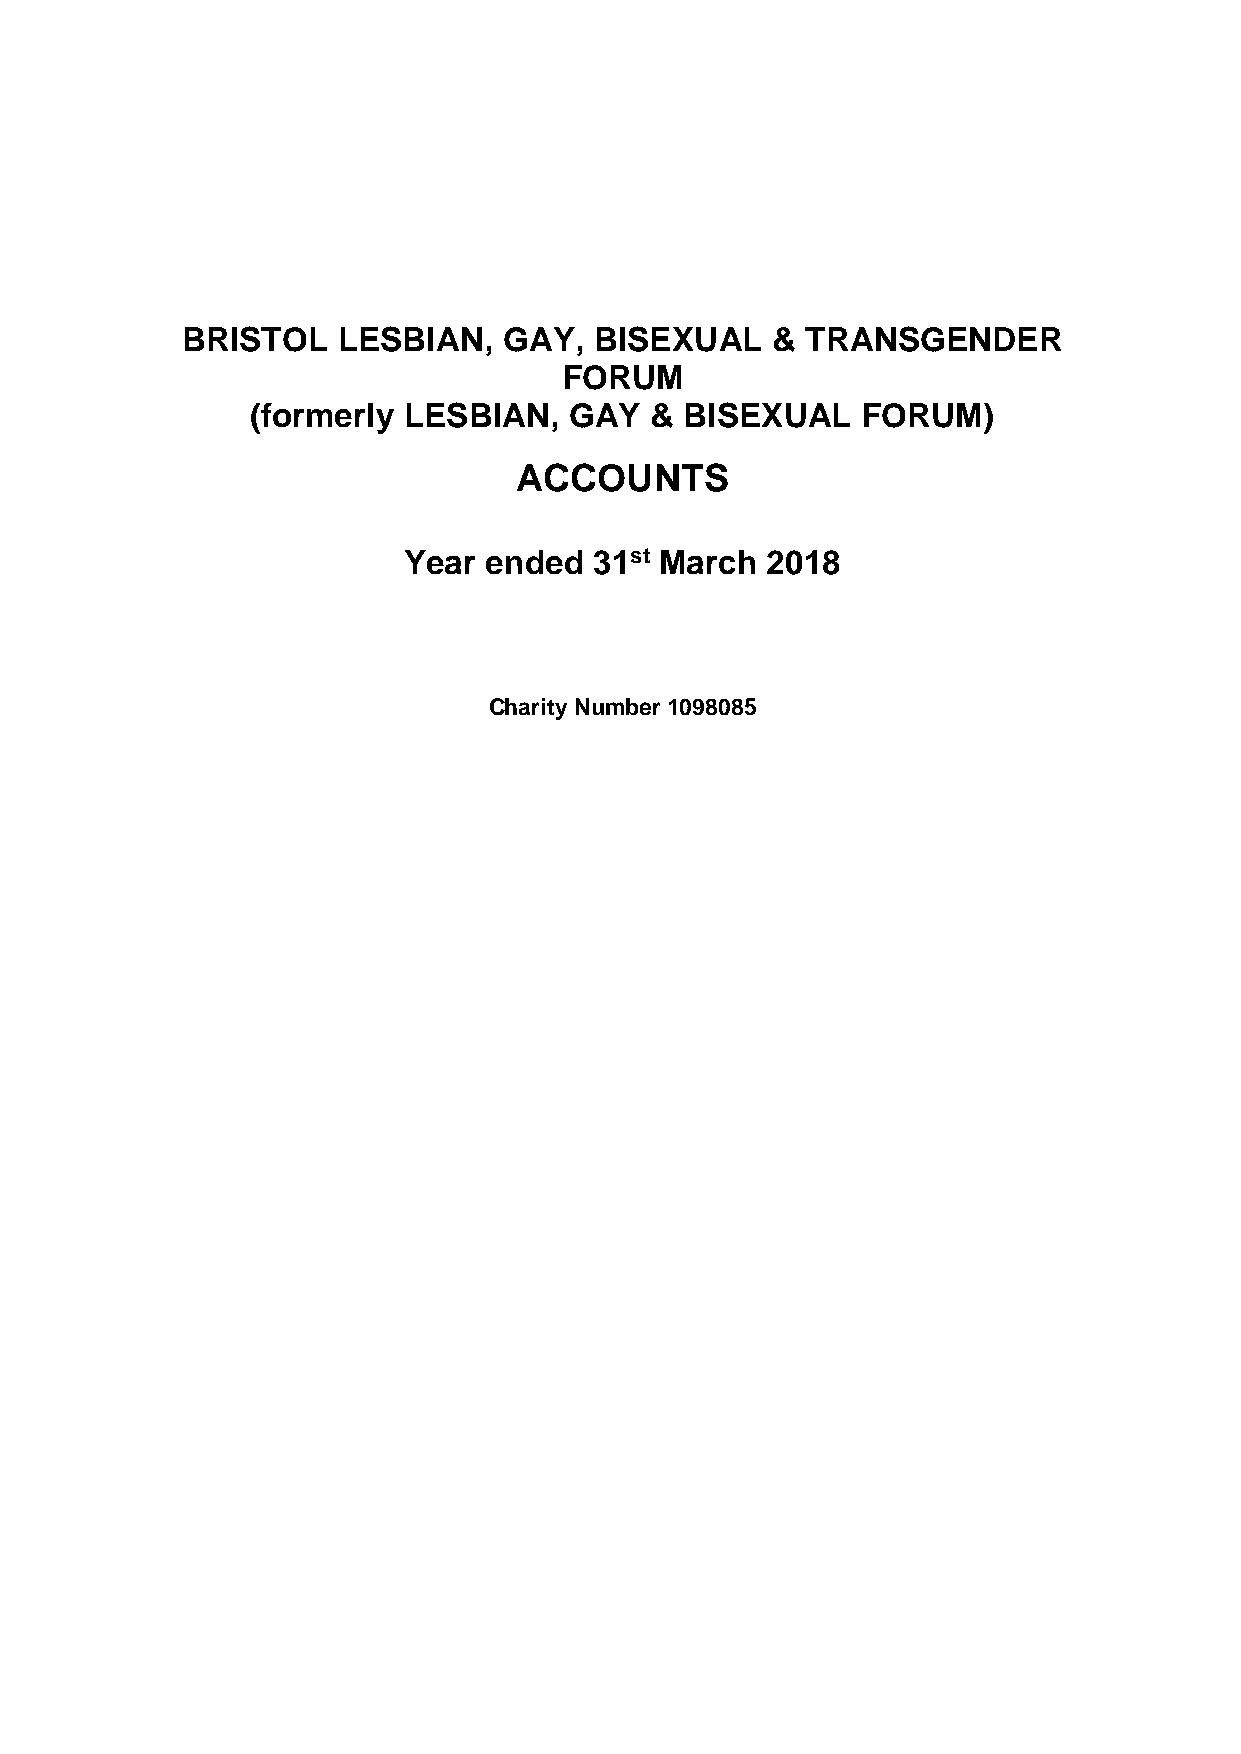
BRISTOL   LESBIAN,   GAY,  BISEXUAL    & TRANSGENDER
 FORUM
 (formerly LESBIAN,   GAY  & BISEXUAL    FORUM)
 ACCOUNTS
 Year ended  31st March  2018
 Charity Number 1098085